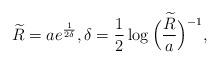
LaTeX: \begin{align*}\widetilde{R}=ae^{\frac{1}{2\delta}}, \delta=\frac{1}{2}\log\Big(\frac{\widetilde{R}}{a}\Big)^{-1},\end{align*}